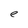
Character: e